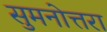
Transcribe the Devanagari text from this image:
सुमनोत्तरा